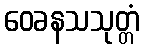
ဝေခနသသုတ္တံ